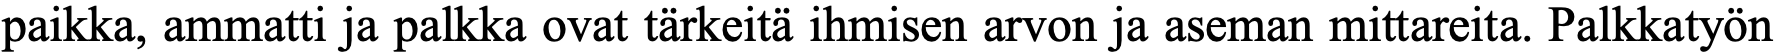
paikka, ammatti ja palkka ovat tärkeitä ihmisen arvon ja aseman mittareita. Palkkatyön